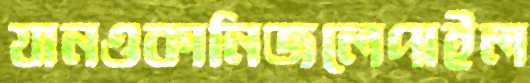
যানওকানিজলেপাইল